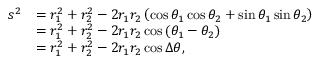
{ \begin{array} { r l } { s ^ { 2 } } & { = r _ { 1 } ^ { 2 } + r _ { 2 } ^ { 2 } - 2 r _ { 1 } r _ { 2 } \left( \cos \theta _ { 1 } \cos \theta _ { 2 } + \sin \theta _ { 1 } \sin \theta _ { 2 } \right) } \\ & { = r _ { 1 } ^ { 2 } + r _ { 2 } ^ { 2 } - 2 r _ { 1 } r _ { 2 } \cos \left( \theta _ { 1 } - \theta _ { 2 } \right) } \\ & { = r _ { 1 } ^ { 2 } + r _ { 2 } ^ { 2 } - 2 r _ { 1 } r _ { 2 } \cos \Delta \theta , } \end{array} }